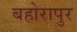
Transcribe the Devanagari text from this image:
बहोरापुर